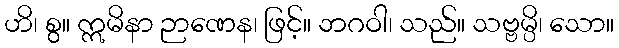
ဟိ၊ စွ။ ဣမိနာ ဉာဏေန၊ ဖြင့်။ ဘဂဝါ၊ သည်။ သဗ္ဗမ္ပိ၊ သော။